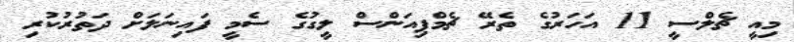
މިއީ ޗެލްސީ 11 އަހަރުގެ ތެރޭ ޗެމްޕިއަންސް ލީގުގެ ސެމީ ފައިނަލަށް ދަތުރުކުރި